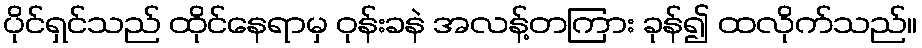
ပိုင်ရှင်သည် ထိုင်နေရာမှ ဝုန်းခနဲ အလန့်တကြား ခုန်၍ ထလိုက်သည်။